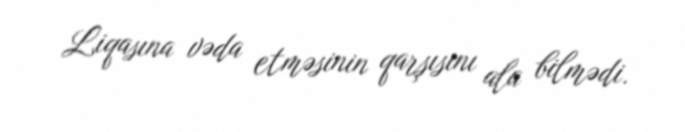
Liqasına vəda etməsinin qarşısını ala bilmədi.